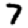
Digit: 7